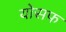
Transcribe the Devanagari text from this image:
योसफ